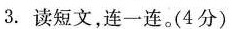
3.读短文，连一连。(4分)